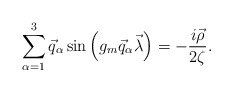
\begin{align*}\sum\limits_{\alpha=1}^{3}\vec q_\alpha\sin\left(g_m\vec q_\alpha\vec\lambda\right)=-\frac{i\vec\rho}{2\zeta}.\end{align*}